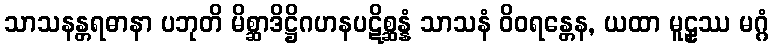
သာသနန္တရဓာနာ ပဘုတိ မိစ္ဆာဒိဋ္ဌိဂဟနပဋိစ္ဆန္နံ သာသနံ ဝိဝရန္တေန, ယထာ မူဠှဿ မဂ္ဂံ